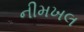
નીમખલ